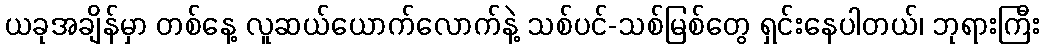
ယခုအချိန်မှာ တစ်နေ့ လူဆယ်ယောက်လောက်နဲ့ သစ်ပင်-သစ်မြစ်တွေ ရှင်းနေပါတယ်၊ ဘုရားကြီး